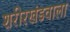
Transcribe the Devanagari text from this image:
शरीरखंडवाला